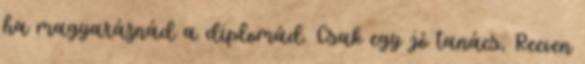
ha magyaráznád a diplomád. Csak egy jó tanács, Reeven